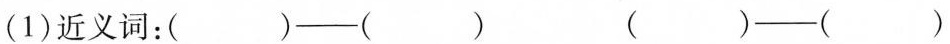
(1)近义词：( )——( ) ( )——( )